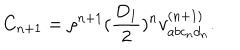
C _ { n + 1 } = \rho ^ { n + 1 } ( \frac { D _ { 1 } } { 2 } ) ^ { n } v _ { a b c _ { n } d _ { n } } ^ { ( n + 1 ) } .